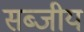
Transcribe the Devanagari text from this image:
सब्जीय